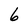
Character: 6